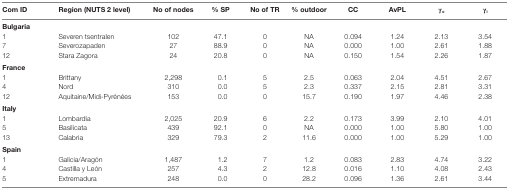
<table><thead><tr><td><b>Com ID</b></td><td><b>Region (NUTS 2 level)</b></td><td><b>No of nodes</b></td><td><b>% SP</b></td><td><b>No of TR</b></td><td><b>% outdoor</b></td><td><b>CC</b></td><td><b>AvPL</b></td><td><b>γ<sub>o</sub></b></td><td><b>γ<sub>i</sub></b></td></tr></thead><tbody><tr><td colspan="10"><b>Bulgaria</b></td></tr><tr><td>1</td><td>Severen tsentralen</td><td>102</td><td>47.1</td><td>0</td><td>NA</td><td>0.094</td><td>1.24</td><td>2.13</td><td>3.54</td></tr><tr><td>7</td><td>Severozapaden</td><td>27</td><td>88.9</td><td>0</td><td>NA</td><td>0.000</td><td>1.00</td><td>2.61</td><td>1.88</td></tr><tr><td>12</td><td>Stara Zagora</td><td>24</td><td>20.8</td><td>0</td><td>NA</td><td>0.150</td><td>1.54</td><td>2.26</td><td>1.87</td></tr><tr><td colspan="10"><b>France</b></td></tr><tr><td>1</td><td>Brittany</td><td>2,298</td><td>0.1</td><td>5</td><td>2.5</td><td>0.063</td><td>2.04</td><td>4.51</td><td>2.67</td></tr><tr><td>4</td><td>Nord</td><td>310</td><td>0.0</td><td>5</td><td>2.3</td><td>0.337</td><td>2.15</td><td>2.81</td><td>3.31</td></tr><tr><td>12</td><td>Aquitaine/Midi-Pyrénées</td><td>153</td><td>0.0</td><td>0</td><td>15.7</td><td>0.190</td><td>1.97</td><td>4.46</td><td>2.38</td></tr><tr><td colspan="10"><b>Italy</b></td></tr><tr><td>1</td><td>Lombardia</td><td>2,025</td><td>20.9</td><td>6</td><td>2.2</td><td>0.173</td><td>3.99</td><td>2.10</td><td>4.01</td></tr><tr><td>5</td><td>Basilicata</td><td>439</td><td>92.1</td><td>0</td><td>NA</td><td>0.000</td><td>1.00</td><td>5.80</td><td>1.00</td></tr><tr><td>13</td><td>Calabria</td><td>329</td><td>79.3</td><td>2</td><td>11.6</td><td>0.000</td><td>1.00</td><td>5.29</td><td>1.00</td></tr><tr><td colspan="10"><b>Spain</b></td></tr><tr><td>1</td><td>Galicia/Aragón</td><td>1,487</td><td>1.2</td><td>7</td><td>1.2</td><td>0.083</td><td>2.83</td><td>4.74</td><td>3.22</td></tr><tr><td>4</td><td>Castilla y León</td><td>257</td><td>4.3</td><td>2</td><td>12.8</td><td>0.016</td><td>1.10</td><td>4.08</td><td>2.43</td></tr><tr><td>5</td><td>Extremadura</td><td>248</td><td>0.0</td><td>0</td><td>28.2</td><td>0.096</td><td>1.36</td><td>2.61</td><td>3.44</td></tr></tbody></table>